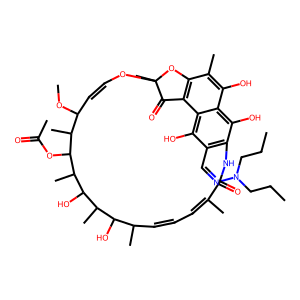
SMILES: CCCN(CCC)N=Cc1c2c(O)c3c(O)c(C)c4c(c3c1O)C(=O)C(C)(OC=CC(OC)C(C)C(OC(C)=O)C(C)C(O)C(C)C(O)C(C)C=CC=C(C)C(=O)N2)O4
Inhibits HIV replication: No